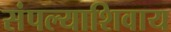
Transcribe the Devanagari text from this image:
संपल्याशिवाय